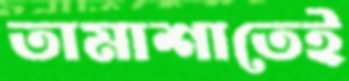
তামাশাতেই